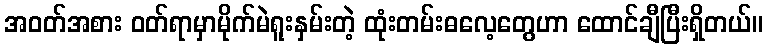
အဝတ်အစား ဝတ်ရာမှာမိုက်မဲရူးနှမ်းတဲ့ ထုံးတမ်းဓလေ့တွေဟာ ထောင်ချီပြီးရှိတယ်။